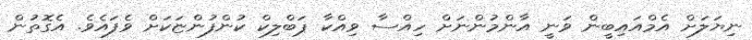
ނިޔަލަށް އެމްއައިބީން ވަނީ އާންމުންނަށް ހިއްސާ ވިއްކާ ޕަބްލިކް ކުންފުންޏަކަށް ވެފައެވެ. އެގޮތުން